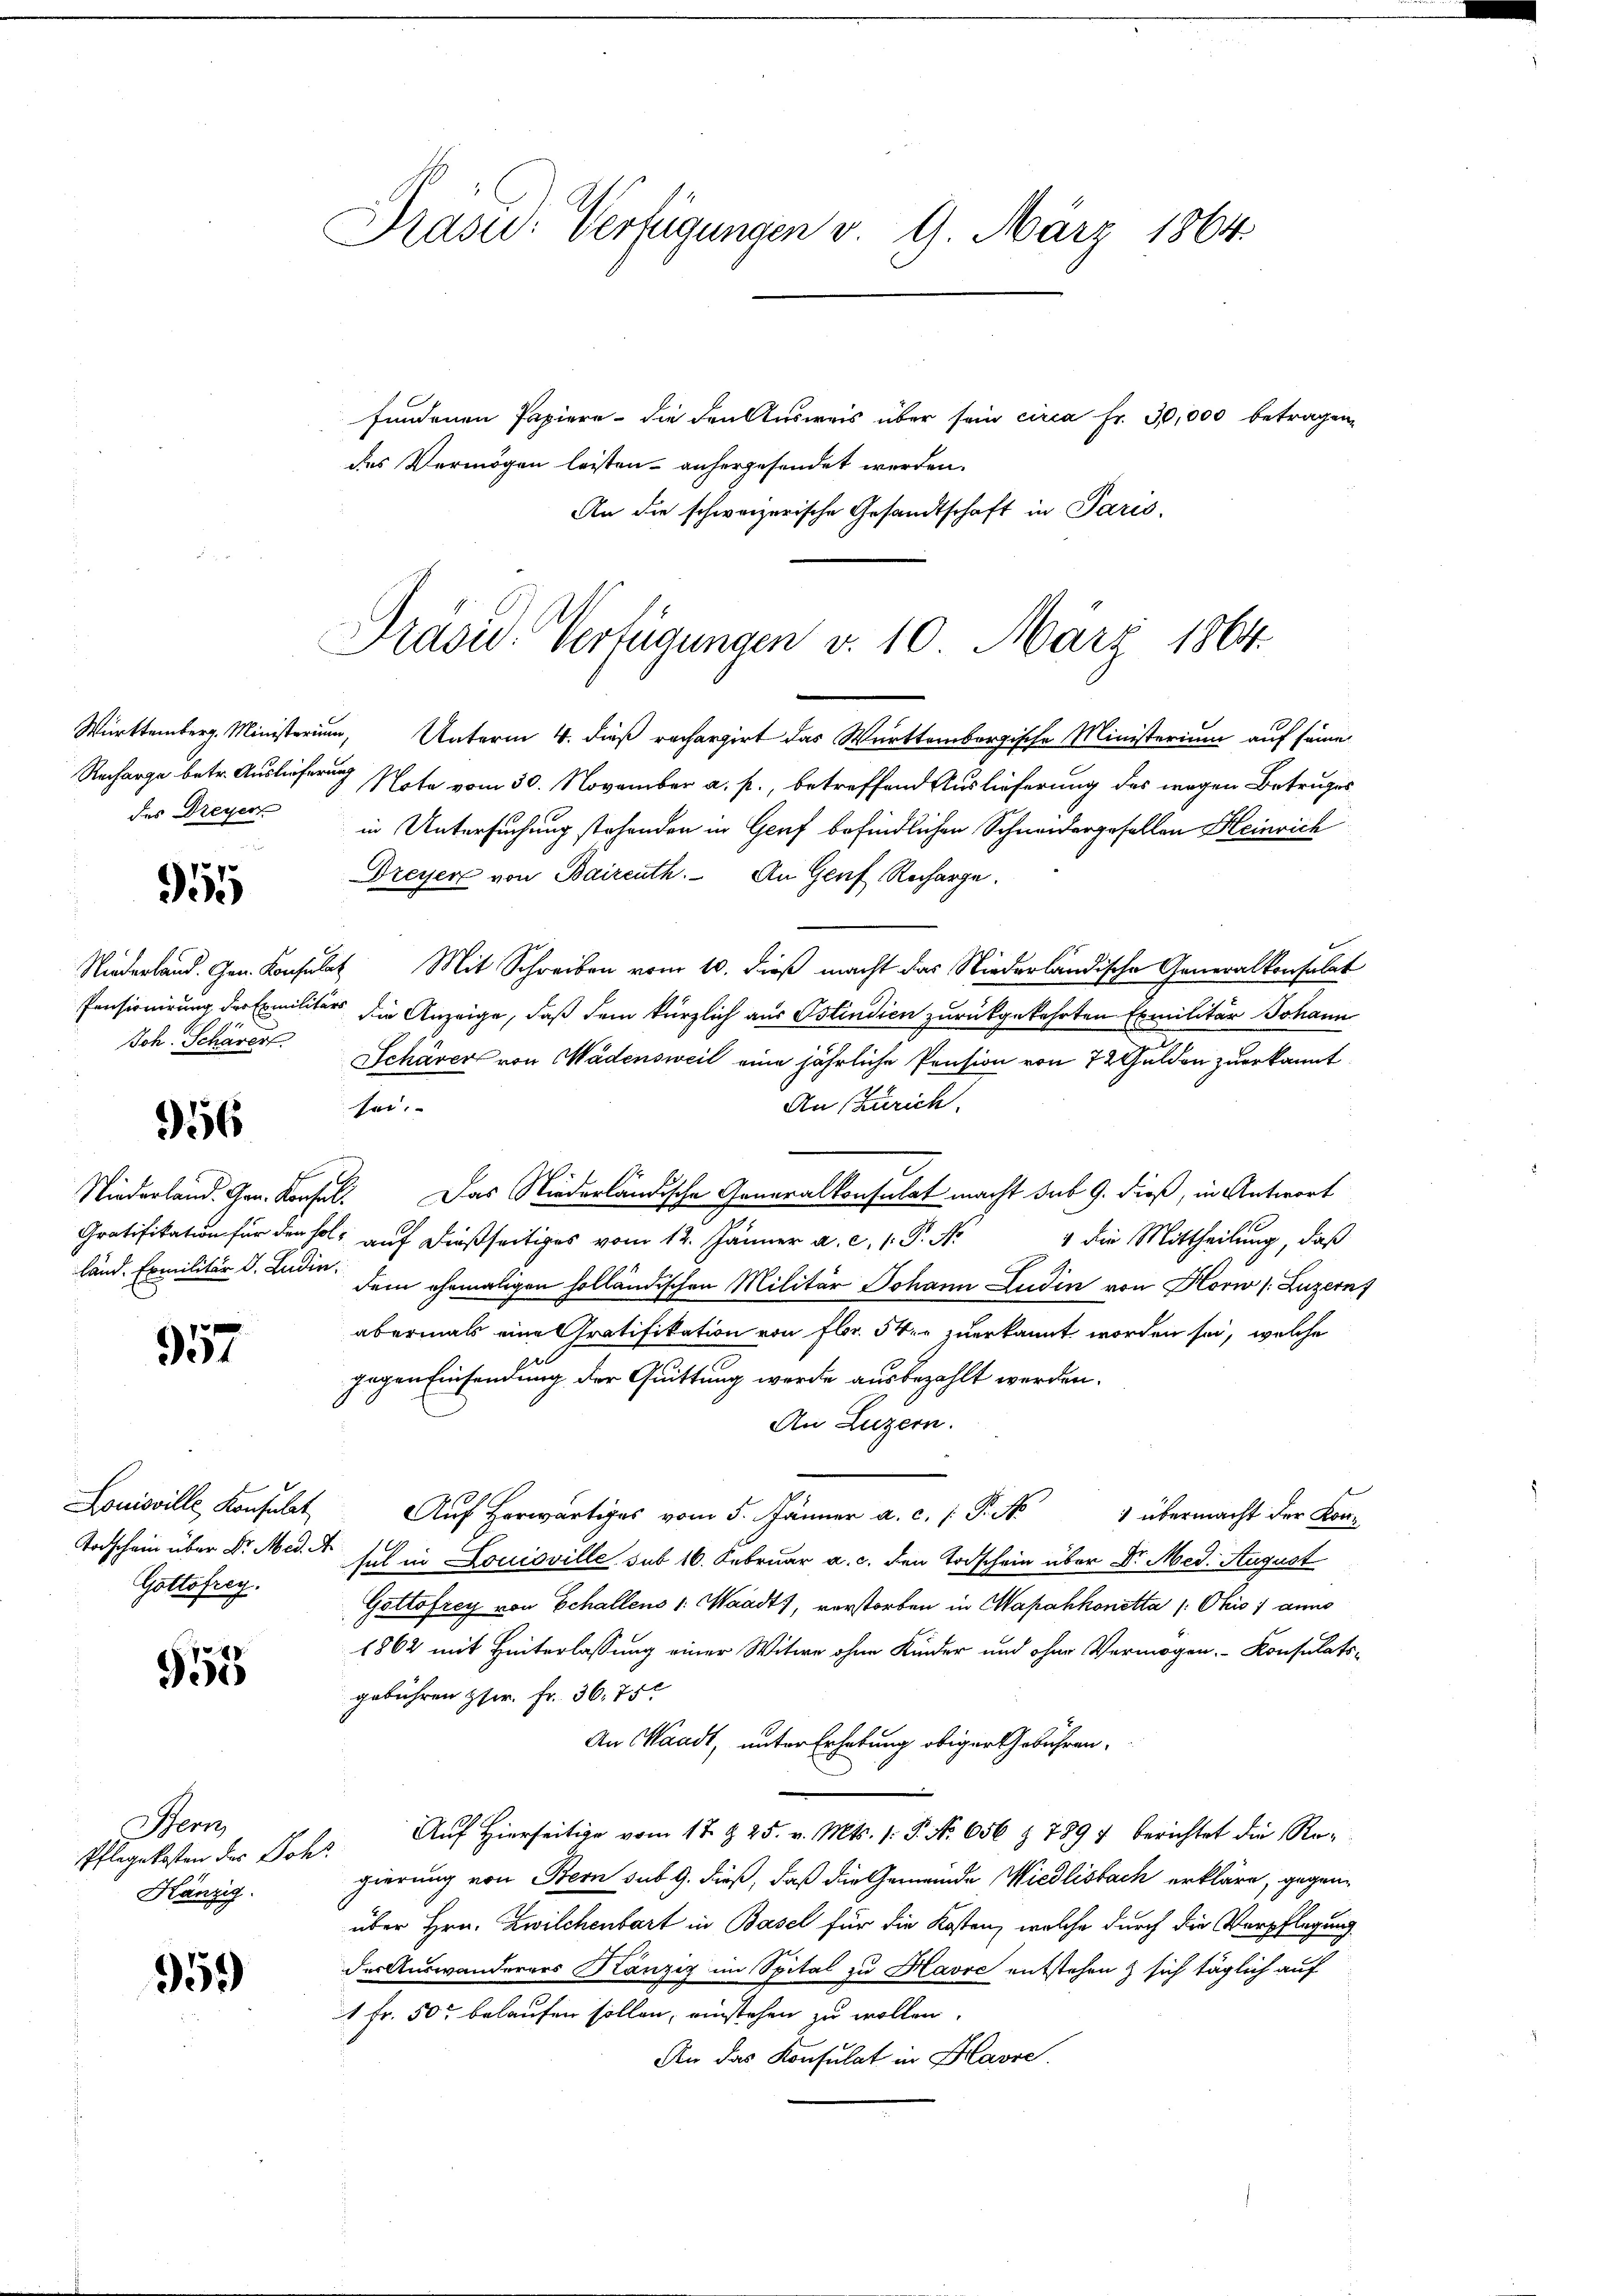
Recharge betr. Ausliefern
des Dreyer

955

Niederland. Gen. Konsula
Joh. Schärer

956

Niederland. Gen. Kon¬
Gratifikation für den so.
länd. Emilitär v. Ludi

957

Louisville Konsulat
Todschein über Dr. Med
Gottsfrey.

955

Stem
Pflegekosten des Soh
Hänzig

959

Präsid.: Verfügungen v. 9. März 1864.

fundenen Papiere - die den Ausweis über sein circa Fr. 30,000 betragen
des Vermögen leisten anhergesendet werden.
An die schweizerische Gesandtschaft in Paris.

Präsid. Verfügungen v. 10. März 1864.

Württemberg. Ministerium, Unterm 4. dieß rechargirt das Württembergische Ministerium auf seine
un Note vom 30. November a. p., betreffend Auslieferung des wegen Betruges
in Untersuchung stehenden in Genf befindlichen Schneidergesellen Heinrich
Dreyer von Baireuth. An Genf Recharge.
2t Mit Schreiben vom 10. dieß macht das Niederländische Generalkonsulat
Pensionirung der Exmilitärs die Anzeige, daß dem kürzlich aus Ostindien zurückgekehrten Exmilitär Johann
Schärer von Wädensweil eine jährliche Pension von 72 Gulden zuerkannt
An Zürich.
sei.
. Das Niederländische Generalkonsulat macht sub 9. dieß, in Antwort
1 die Mittheilung, daß
os auf dießseitiges vom 12. Jänner a. c. 1. P. N
dem ehemaligen holländischen Militär Johann Ludin von Horw (Luzern
abermals eine Gratifikation von Fr. 54. zuerkannt worden sei, welche
gegen Einsendung der Quittung werde ausbezahlt werden.
An Luzern.
Auf herwärtiges vom 5. Jänner a. c. 1 P. N
1 übermacht der Konsel in Louisville sub 16. Februar a. c. den Todschein über Dr. Med. August
Gottofrey von Echallens v. Waadt, vorstorben in Wapahhonetta /: Ohio 1 anno
1862 mit Hinterlassung einer Witwe ohne Kinder und ohne Vermögen, Konsulatsgebühren Hr. Fr. 36,75
An Waadt, unter Erhebung obiger Gebühren.
" Auf Hierseitige vom 17. & 25. v. Mts. 1. P. Nr. 656 § 7897 berichtet die Regierung von Stern sub 9. dieß, daß die Gemeinde Wiedlisbach erkläre, gegenüber Hrn. Zwilchenbart in Basel für die Kosten, welche durch die Verpflegung
der Auswanderers Kanzig im Spital zu Havre entstehen & sich täglich auf
1 Fr. 50 belaufen sollen, einstehen zu wollen.
An das Konsulat in Havre.